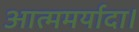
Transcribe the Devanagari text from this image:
आत्ममर्यादा।